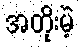
အတိုးမဲ့